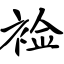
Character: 裣